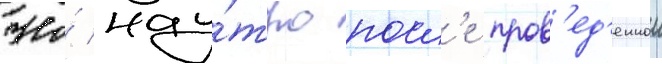
Но́ нау́тро посл'е пров'ед'еннои